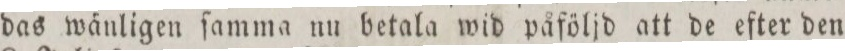
das wänligen ſamma nu betala wid påföljd att de efter den